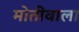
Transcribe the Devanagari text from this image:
मोतीवाला